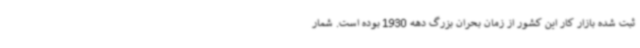
ثبت شده بازار کار این کشور از زمان بحران بزرگ دهه 1930 بوده است. شمار